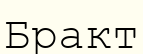
Бракт